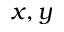
x , y